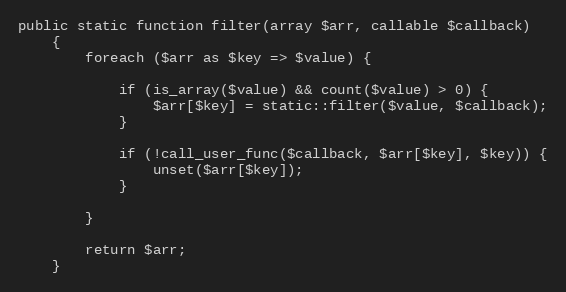
Language: PHP
public static function filter(array $arr, callable $callback)
    {
        foreach ($arr as $key => $value) {

            if (is_array($value) && count($value) > 0) {
                $arr[$key] = static::filter($value, $callback);
            }

            if (!call_user_func($callback, $arr[$key], $key)) {
                unset($arr[$key]);
            }

        }

        return $arr;
    }